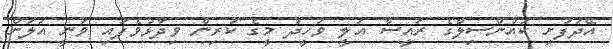
އޭދަފުށި ކައުންސިލްގެ ރައީސް އަލީ ވަހީދު މީގެ ކުރިން ވިދާޅުވެފައި ވަނީ އަލަށް